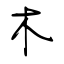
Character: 木